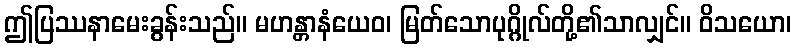
ဤပြဿနာမေးခွန်းသည်။ မဟန္တာနံယေဝ၊ မြတ်သောပုဂ္ဂိုလ်တို့၏သာလျှင်။ ဝိသယော၊